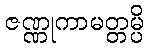
ဇဏ္ဏုကာမတ္တမ္ပိ